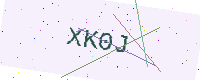
Text: XK0J